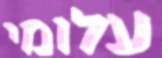
עלומי